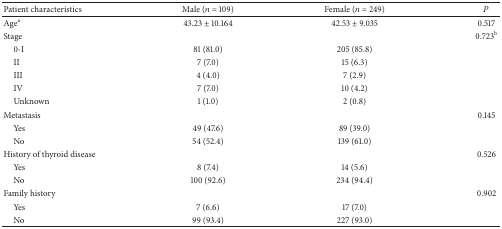
<table><thead><tr><td><b>Patient characteristics</b></td><td><b>Male (<i>n</i> = 109)</b></td><td><b>Female (<i>n</i> = 249)</b></td><td><b><i>P</i></b></td></tr></thead><tbody><tr><td>Age<sup>a</sup></td><td>43.23 ± 10.164</td><td>42.53 ± 9.035</td><td>0.517</td></tr><tr><td>Stage</td><td> </td><td> </td><td>0.723<sup>b</sup></td></tr><tr><td> 0-I</td><td> 81 (81.0)</td><td>205 (85.8)</td><td> </td></tr><tr><td> II</td><td> 7 (7.0)</td><td>15 (6.3)</td><td> </td></tr><tr><td> III</td><td> 4 (4.0)</td><td> 7 (2.9)</td><td> </td></tr><tr><td> IV</td><td> 7 (7.0)</td><td>10 (4.2)</td><td> </td></tr><tr><td> Unknown</td><td> 1 (1.0)</td><td> 2 (0.8)</td><td> </td></tr><tr><td>Metastasis</td><td> </td><td> </td><td>0.145</td></tr><tr><td> Yes</td><td> 49 (47.6)</td><td> 89 (39.0)</td><td> </td></tr><tr><td> No</td><td> 54 (52.4)</td><td>139 (61.0)</td><td> </td></tr><tr><td>History of thyroid disease</td><td> </td><td> </td><td>0.526</td></tr><tr><td> Yes</td><td> 8 (7.4)</td><td>14 (5.6)</td><td> </td></tr><tr><td> No</td><td>100 (92.6)</td><td>234 (94.4)</td><td> </td></tr><tr><td>Family history</td><td> </td><td> </td><td>0.902</td></tr><tr><td> Yes</td><td>7 (6.6)</td><td>17 (7.0)</td><td> </td></tr><tr><td> No</td><td>99 (93.4)</td><td>227 (93.0)</td><td></td></tr></tbody></table>